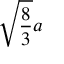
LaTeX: { \sqrt { \frac { 8 } { 3 } } } a